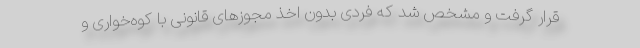
قرار گرفت و مشخص شد که فردی بدون اخذ مجوزهای قانونی با کوه‌خواری و